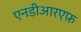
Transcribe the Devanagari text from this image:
एनडीआरएफ़